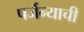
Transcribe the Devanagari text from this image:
पर्जन्याची